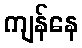
ကျန်နေ